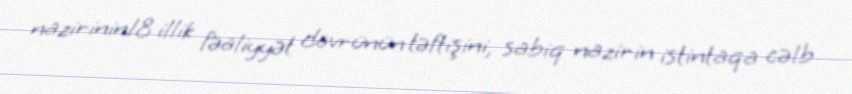
nazirinin18 illik fəaliyyət dövrünün təftişini, sabiq nazirin istintaqa cəlb